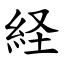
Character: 経